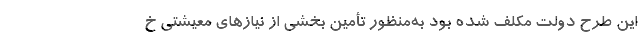
این طرح دولت مکلف شده بود به‌منظور تأمین بخشی از نیازهای معیشتی خ